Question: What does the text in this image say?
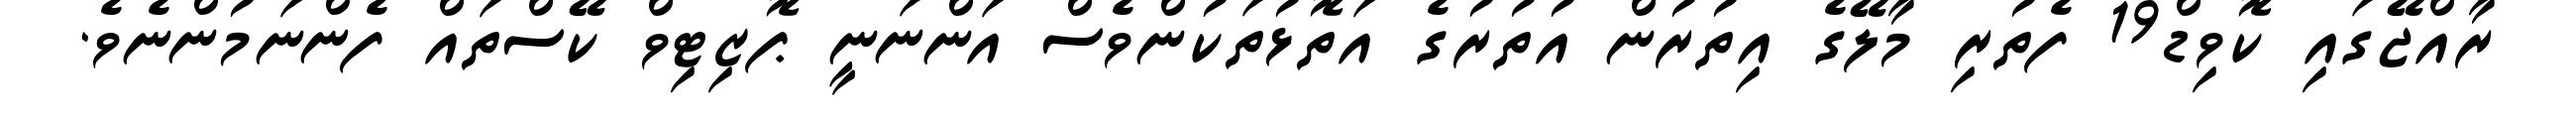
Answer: ރާއްޖޭގައި ކޮވިޑް19 ފެތުރި މާލޭގެ އިތުރުން އުތުރުގެ އަތޮޅުތަކުންވެސް އަންނަނީ ޕޮޒިޓިވް ކޭސްތައް ފެންނަމުންނެވެ.